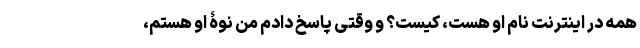
همه در اینترنت نام او هست، کیست؟ و وقتی پاسخ دادم من نوۀ او هستم،